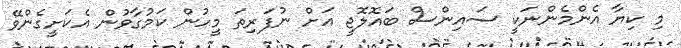
މި ކިޔާ އެންމެންނަކީ ސައިންސް ބައޮލޮޖީ އަށް ނުފަރިތަ މީހުން ކަމުގާވުން އެކަށީގެންވޭ